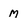
Character: M